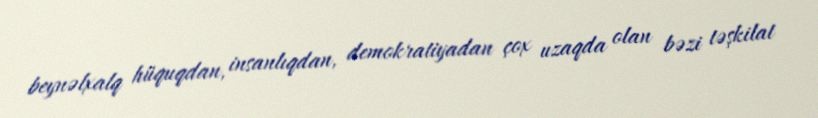
beynəlxalq hüquqdan, insanlıqdan, demokratiyadan çox uzaqda olan bəzi təşkilat